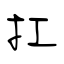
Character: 扛